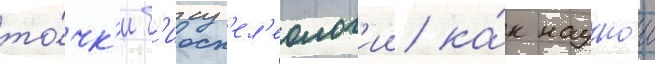
то́чк'и б'иосп'ел'еолог'ии ка́к научнои